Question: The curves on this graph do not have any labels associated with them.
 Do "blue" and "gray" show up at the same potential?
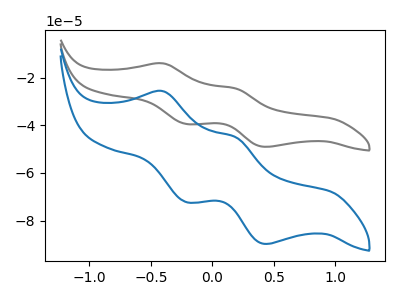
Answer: <think>The gray curve "gray" has anodic peaks at (-0.40V, -14.05uA) (0.20V, -24.55uA) and cathodic peaks at (-0.20V, -39.45uA) (0.45V, -49.05uA). The blue curve "blue" has anodic peaks at (-0.40V, -25.70uA) (0.20V, -44.90uA) and cathodic peaks at (-0.20V, -72.25uA) (0.45V, -89.75uA).
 All the peaks in "blue" have a peak in "gray" at the same potential.</think>
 <answer>"blue" and "gray" are similar in shape.</answer>
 <eval>same_shape</eval>